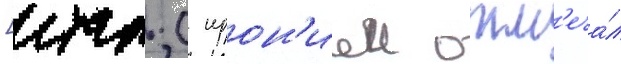
[итал. с ирон'иеи отм'еча́л